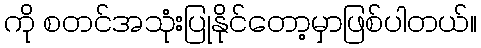
ကို စတင်အသုံးပြုနိုင်တော့မှာဖြစ်ပါတယ်။